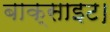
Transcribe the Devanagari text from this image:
बाक्साइट।